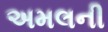
અમલની